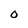
Character: O